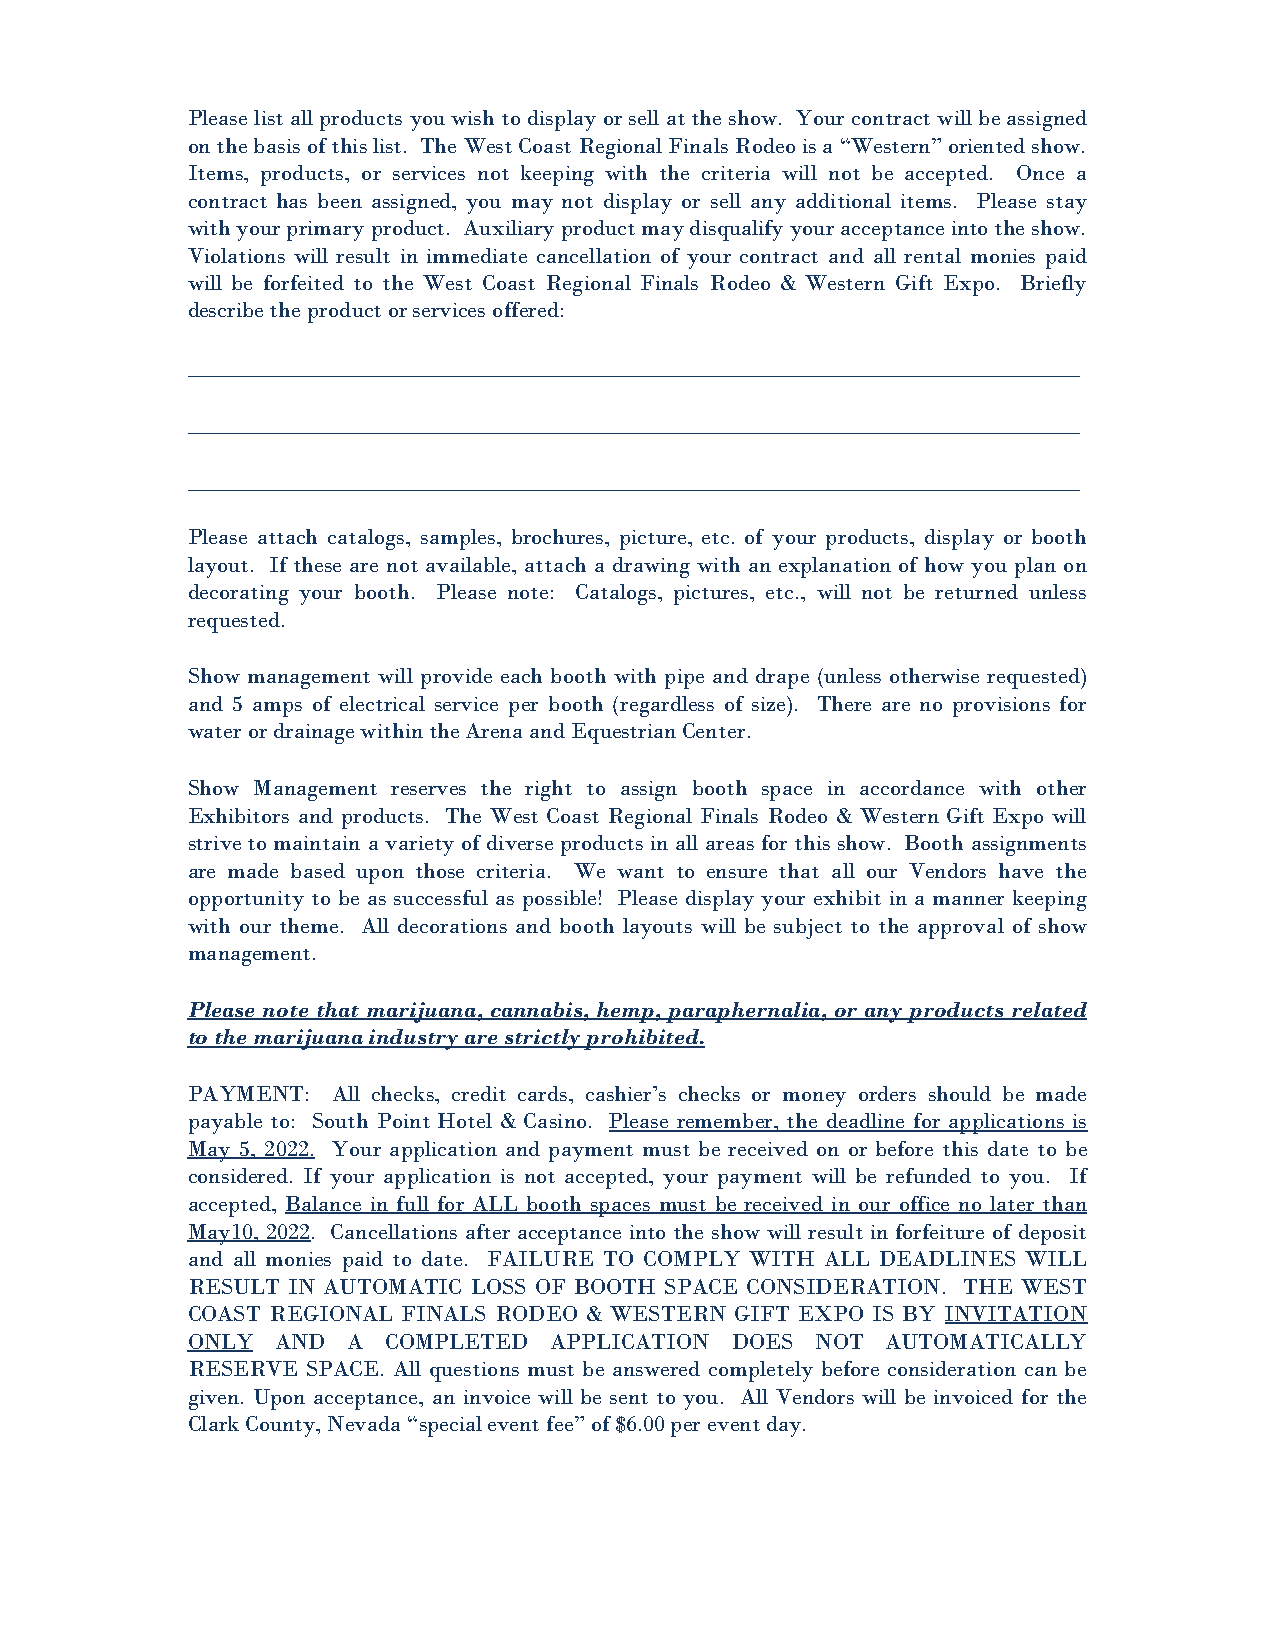
Please list all products you wish to display or sell at the show. Your contract will be assigned
 on the basis of this list. The West Coast Regional Finals Rodeo is a “Western” oriented show.
 Items, products, or services not keeping with the criteria will not be accepted. Once a
 contract has been assigned, you may not display or sell any additional items. Please stay
 with your primary product. Auxiliary product may disqualify your acceptance into the show.
 Violations will result in immediate cancellation of your contract and all rental monies paid
 will be forfeited to the West Coast Regional Finals Rodeo & Western Gift Expo. Briefly
 describe the product or services offered:
 ______________________________________________________________________________
 ______________________________________________________________________________
 ______________________________________________________________________________
 Please attach catalogs, samples, brochures, picture, etc. of your products, display or booth
 layout. If these are not available, attach a drawing with an explanation of how you plan on
 decorating your booth. Please note: Catalogs, pictures, etc., will not be returned unless
 requested.
 Show management will provide each booth with pipe and drape (unless otherwise requested)
 and 5 amps of electrical service per booth (regardless of size). There are no provisions for
 water or drainage within the Arena and Equestrian Center.
 Show Management reserves the right to assign booth space in accordance with other
 Exhibitors and products. The West Coast Regional Finals Rodeo & Western Gift Expo will
 strive to maintain a variety of diverse products in all areas for this show. Booth assignments
 are made based upon those criteria. We want to ensure that all our Vendors have the
 opportunity to be as successful as possible! Please display your exhibit in a manner keeping
 with our theme. All decorations and booth layouts will be subject to the approval of show
 management.
 Please note that marijuana, cannabis, hemp, paraphernalia, or any products related
 to the marijuana industry are strictly prohibited.
 PAYMENT:  All checks, credit cards, cashier’s checks or money orders should be made
 payable to: South Point Hotel & Casino. Please remember, the deadline for applications is
 May 5, 2022. Your application and payment must be received on or before this date to be
 considered. If your application is not accepted, your payment will be refunded to you. If
 accepted, Balance in full for ALL booth spaces must be received in our office no later than
 May10, 2022. Cancellations after acceptance into the show will result in forfeiture of deposit
 and all monies paid to date. FAILURE TO COMPLY WITH ALL DEADLINES WILL
 RESULT IN AUTOMATIC LOSS OF BOOTH SPACE CONSIDERATION. THE WEST
 COAST REGIONAL FINALS RODEO & WESTERN GIFT EXPO IS BY INVITATION
 ONLY  AND  A  COMPLETED APPLICATION DOES  NOT  AUTOMATICALLY
 RESERVE SPACE. All questions must be answered completely before consideration can be
 given. Upon acceptance, an invoice will be sent to you. All Vendors will be invoiced for the
 Clark County, Nevada “special event fee” of $6.00 per event day.